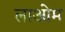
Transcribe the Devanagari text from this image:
लाओम